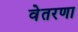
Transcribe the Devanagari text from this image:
वेतरणा